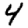
Digit: 4